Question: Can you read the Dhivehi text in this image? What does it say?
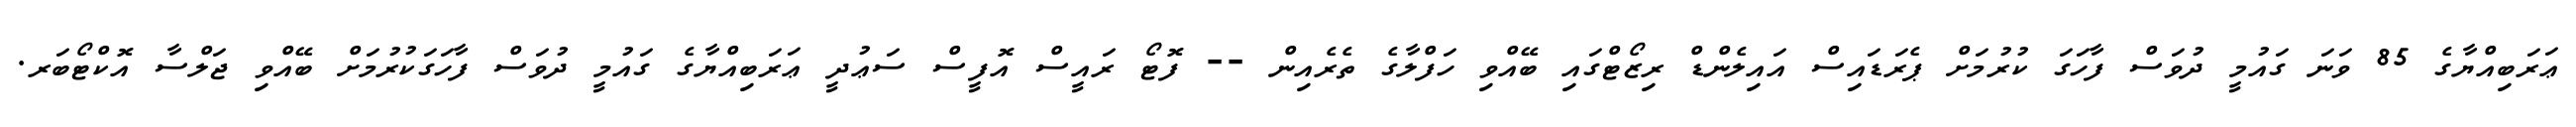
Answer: ޢަރަބިއްޔާގެ 85 ވަނަ ގައުމީ ދުވަސް ފާހަގަ ކުރުމަށް ޕެރަޑައިސް އައިލެންޑް ރިޒޯޓްގައި ބޭއްވި ހަފްލާގެ ތެރެއިން -- ފޮޓޯ ރައީސް އޮފީސް ސަޢުދީ ޢަރަބިއްޔާގެ ގައުމީ ދުވަސް ފާހަގަކުރުމަށް ބޭއްވި ޖަލްސާ އޮކްޓޯބަރ.